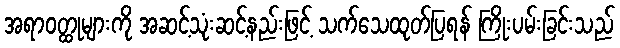
အရာဝတ္ထုများကို အဆင့်သုံးဆင့်နည်းဖြင့် သက်သေထုတ်ပြရန် ကြိုးပမ်းခြင်းသည်